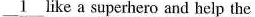
\underline{1} like a superhero and help the